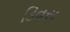
ડિવસ